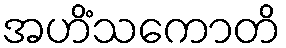
အဟိံသကောတိ